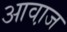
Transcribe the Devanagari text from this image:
आवा़ज